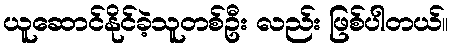
ယူဆောင်နိုင်ခဲ့သူတစ်ဦး လည်း ဖြစ်ပါတယ်။